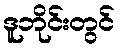
ဒူဘိုင်းတွင်